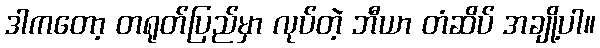
ဒါကတော့ တရုတ်ပြည်မှာ လုပ်တဲ့ ဘီယာ တံဆိပ် အချို့ပါ။